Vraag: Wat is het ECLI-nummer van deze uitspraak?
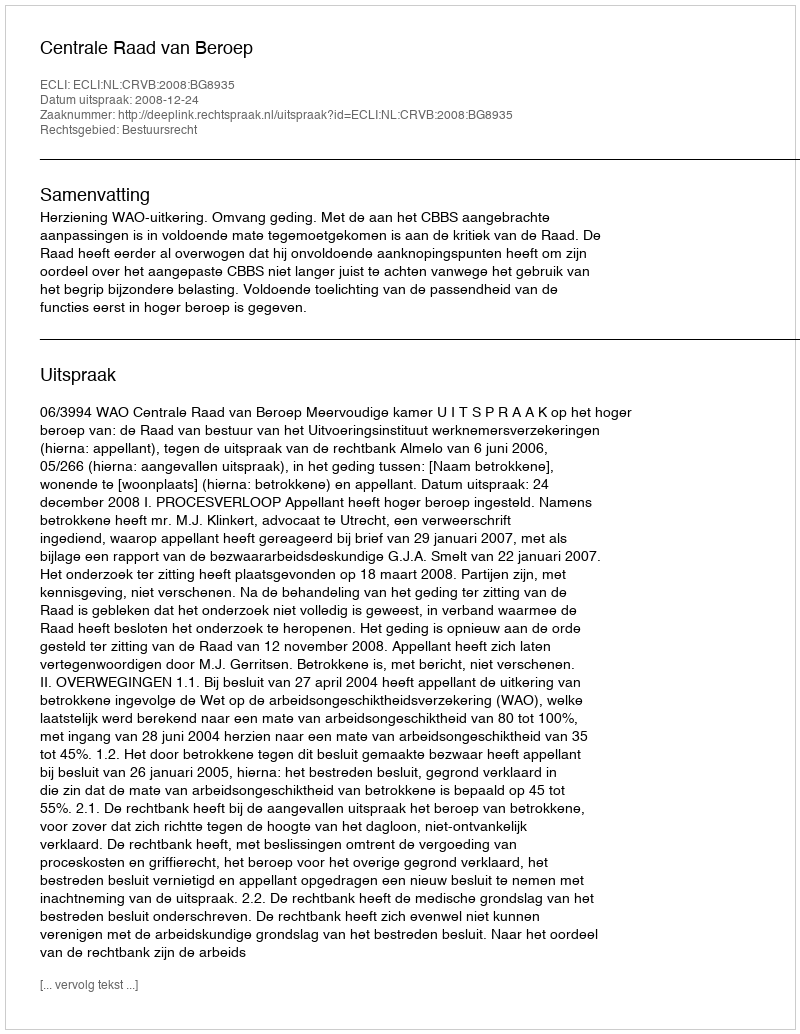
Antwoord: ECLI:NL:CRVB:2008:BG8935